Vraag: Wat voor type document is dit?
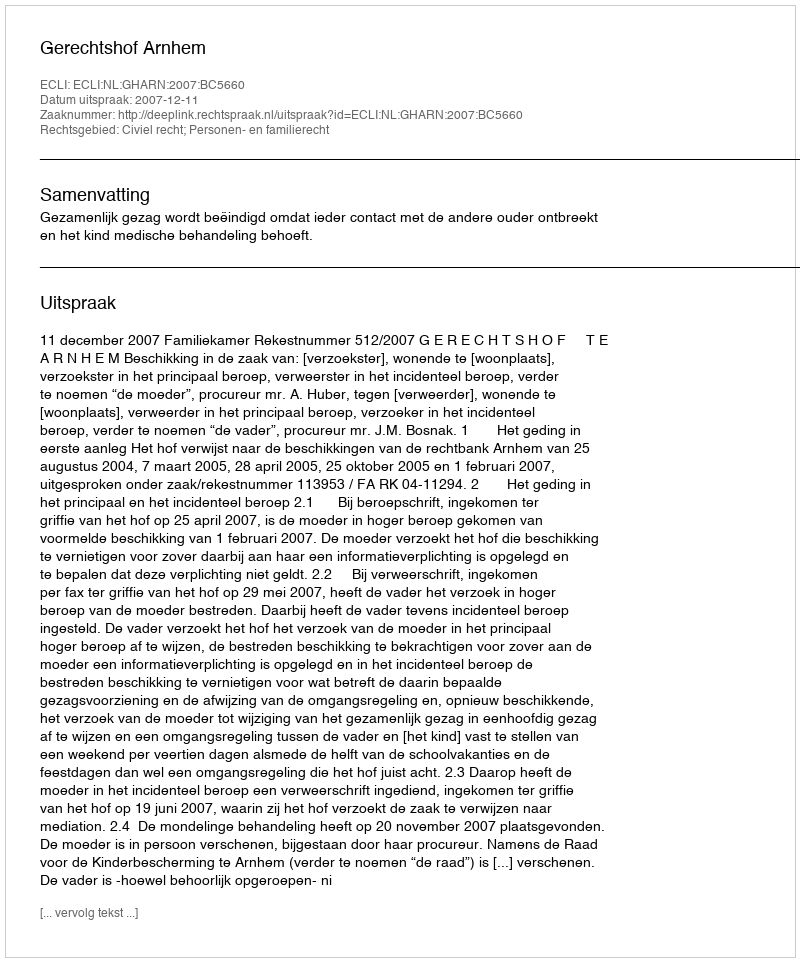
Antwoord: Uitspraak